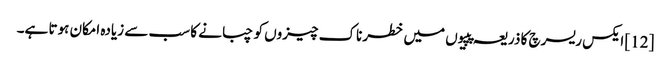
[12] ایکس ریسرچ کا ذریعہ پپیوں میں خطرناک چیزوں کو چبانے کا سب سے زیادہ امکان ہوتا ہے۔